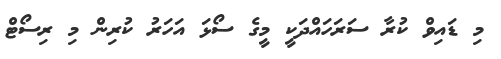
މި ޑައިވް ކުރާ ސަރަހައްދަކީ މީގެ ސޯޅަ އަހަރު ކުރިން މި ރިސޯޓް